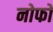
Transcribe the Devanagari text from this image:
नोफो